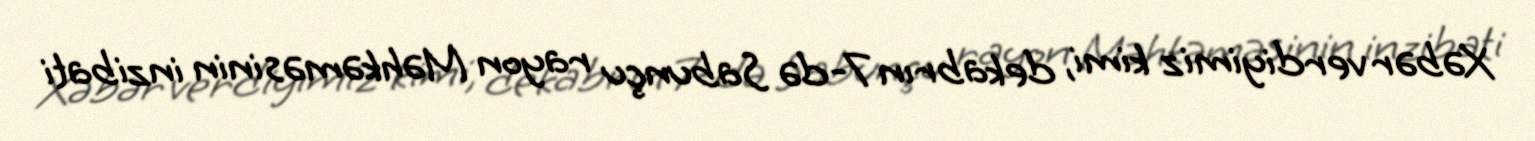
Xəbər verdiyimiz kimi, dekabrın 7-də Sabunçu rayon Məhkəməsinin inzibati